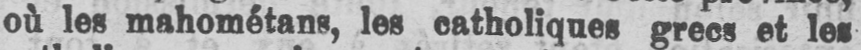
où les mahométans, les catholiques grecs et les